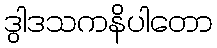
ဒွါဒသကနိပါတော